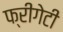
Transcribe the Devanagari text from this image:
फ्रीगेटी